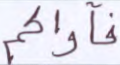
فآواكم